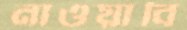
নাওয়াবি